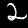
Label: 2